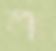
প্রশ্ন